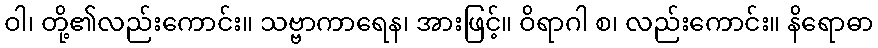
ဝါ၊ တို့၏လည်းကောင်း။ သဗ္ဗာကာရေန၊ အားဖြင့်။ ဝိရာဂါ စ၊ လည်းကောင်း။ နိရောဓာ